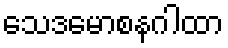
သေဒမောစနဂါထာ